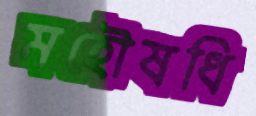
মহৌষধি